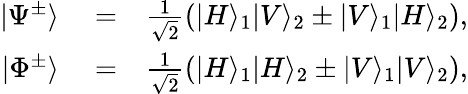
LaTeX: \begin{array}{rlr}{|\Psi^{\pm}\rangle}&{{}=}&{\frac{1}{\sqrt{2}}\left(|H\rangle_{1}|V\rangle_{2}\pm|V\rangle_{1}|H\rangle_{2}\right),}\\ {|\Phi^{\pm}\rangle}&{{}=}&{\frac{1}{\sqrt{2}}\left(|H\rangle_{1}|H\rangle_{2}\pm|V\rangle_{1}|V\rangle_{2}\right),}\end{array}